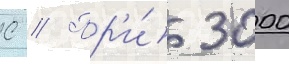
С // Пр'и́ 3000